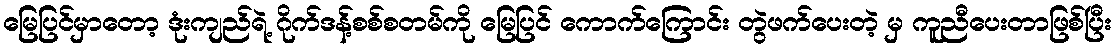
မြေပြင်မှာတော့ ဒုံးကျည်ရဲ့ ဂိုက်ဒန့်စစ်စတမ်ကို မြေပြင် ကောက်ကြောင်း တွဲဖက်ပေးတဲ့ မှ ကူညီပေးတာဖြစ်ပြီး